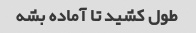
طول کشید تا آماده بشه